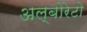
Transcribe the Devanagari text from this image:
अल्बोरेटो